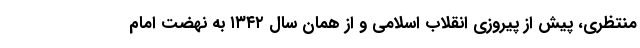
منتظری، پیش از پیروزی انقلاب اسلامی و از همان سال ۱۳۴۲ به نهضت امام